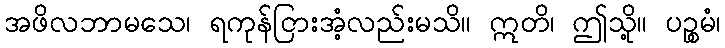
အဖိလဘာမသေ၊ ရကုန်ငြားအံ့လည်းမသိ။ ဣတိ၊ ဤသို့။ ပဉ္စမံ၊